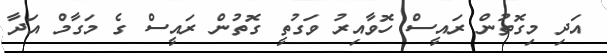
އަދި މިގޮތުން ރައީސް ހޮވާއިރު ވަގުތީ ގޮތުން ރައީސް ގެ މަގާމް އަދާ